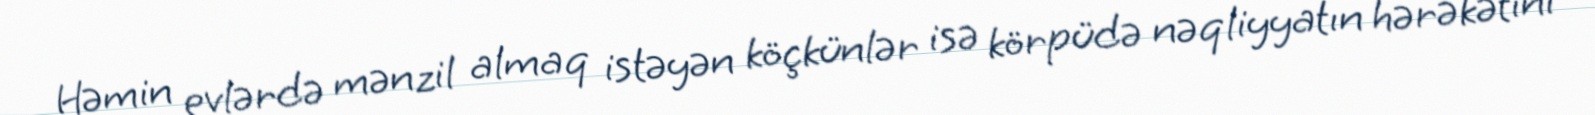
Həmin evlərdə mənzil almaq istəyən köçkünlər isə körpüdə nəqliyyatın hərəkətini